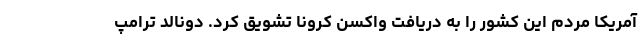
آمریکا مردم این کشور را به دریافت واکسن کرونا تشویق کرد. دونالد ترامپ